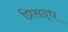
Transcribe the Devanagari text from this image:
प्रिसद्ध